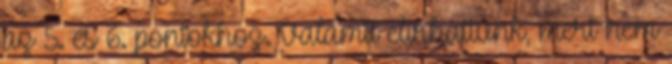
az 5. és 6. pontokhoz. Valamit elírhattunk, mert nem